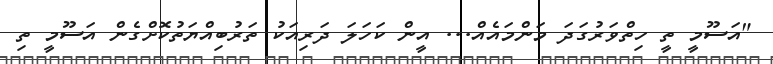
"އަސޫމީ ތީ ހިތްވަރުގަދަ މަންމައެއް... އީން ކަހަލަ ދަރިއަކު ތަރުބިއްޔަތުކޮށްގެން އަސޫމީ ތި